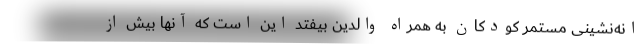
انه‌نشینی مستمر کودکان به همراه والدین بیفتد این است که آنها بیش از